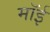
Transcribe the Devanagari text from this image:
मॉई